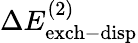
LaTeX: \Delta E_{\mathrm{exch-disp}}^{(2)}